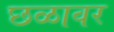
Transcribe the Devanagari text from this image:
छळावर